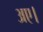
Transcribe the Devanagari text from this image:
अए।